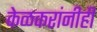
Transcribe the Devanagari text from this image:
केळकरांनीही